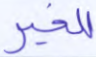
للخير